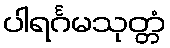
ပါရင်္ဂမသုတ္တံ